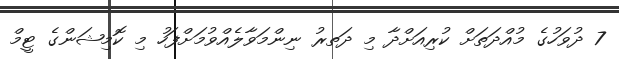
7 ދުވަހުގެ މުއްދަތަށް ކުރިއަށްދާ މި ދަތރު ނިންމަވާލެއްވުމަށްފަހު މި ކޮމިޝަންގެ ޓީމް